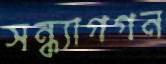
সন্ধ্যাগগন